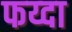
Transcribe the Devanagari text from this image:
फय्दा